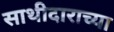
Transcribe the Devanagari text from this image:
साथीदाराच्या